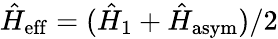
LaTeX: \hat{H}_{\mathrm{eff}}=(\hat{H}_{1}+\hat{H}_{\mathrm{asym}})/2